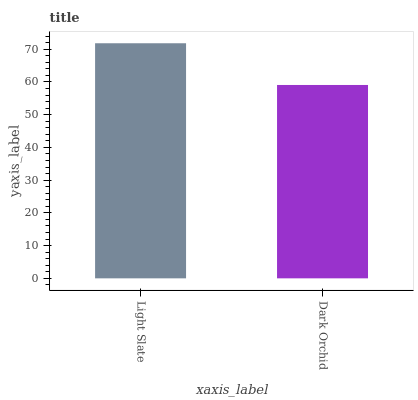
| xaxis_label | bars |
 | --- | --- |
 | Light Slate | 71.8 |
 | Dark Orchid | 59.1 |